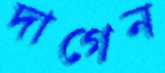
দাগেন